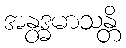
အနွဒ္ဓမာသန္တိ